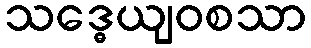
သဒ္ဓေယျဝစသာ